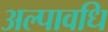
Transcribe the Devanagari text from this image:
अल्‍पावधि